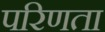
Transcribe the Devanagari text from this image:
परिणता